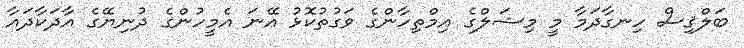
ބަލްޤިސް ހިނގާދަމާ މީ މިޝަލްގެ އިމްތިހާންގެ ވަގުތުކޮޅު އޭނަ އެމީހުންގެ ދުނިޔޭގެ އާދަކާދައާ